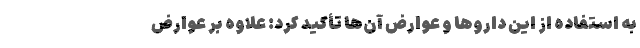
به استفاده از این داروها و عوارض آن‌‌ها تأکید کرد: علاوه بر عوارض